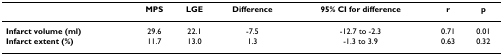
<table><thead><tr><td></td><td><b>MPS</b></td><td><b>LGE</b></td><td><b>Difference</b></td><td><b>95% CI for difference</b></td><td><b>r</b></td><td><b>p</b></td></tr></thead><tbody><tr><td><b>Infarct volume (ml)</b></td><td>29.6</td><td>22.1</td><td>-7.5</td><td>-12.7 to -2.3</td><td>0.71</td><td>0.01</td></tr><tr><td><b>Infarct extent (%)</b></td><td>11.7</td><td>13.0</td><td>1.3</td><td>-1.3 to 3.9</td><td>0.63</td><td>0.32</td></tr></tbody></table>